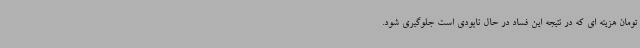
تومان هزینه ای که در نتیجه این فساد در حال نابودی است جلوگیری شود.